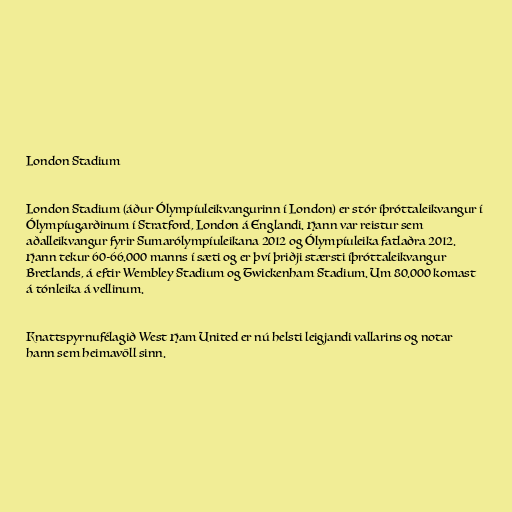
London Stadium

London Stadium (áður Ólympíuleikvangurinn í London) er stór íþróttaleikvangur í
Ólympíugarðinum í Stratford, London á Englandi. Hann var reistur sem
aðalleikvangur fyrir Sumarólympíuleikana 2012 og Ólympíuleika fatlaðra 2012.
Hann tekur 60-66.000 manns í sæti og er því þriðji stærsti íþróttaleikvangur
Bretlands, á eftir Wembley Stadium og Twickenham Stadium. Um 80.000 komast
á tónleika á vellinum.

Knattspyrnufélagið West Ham United er nú helsti leigjandi vallarins og notar
hann sem heimavöll sinn.